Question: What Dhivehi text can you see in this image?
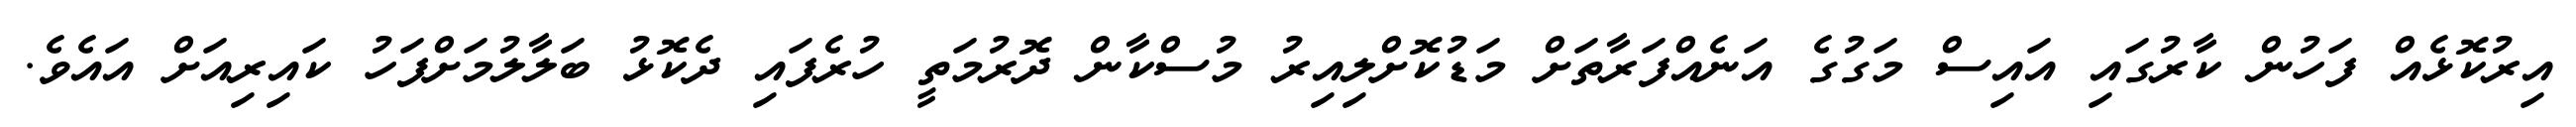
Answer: އިރުކޮޅެއް ފަހުން ކާރުގައި އައިސް މަގުގެ އަނެއްފަރާތަށް މަޑުކޮށްލިއިރު މުސްކާން ދޮރުމަތީ ހުރެފައި ދެކޮޅު ބަލާލުމަށްފަހު ކައިރިއަށް އައެވެ.